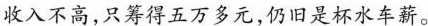
收入不高，只筹得五万多元，仍旧是杯水车薪。